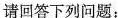
请回答下列问题：